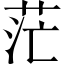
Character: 茫